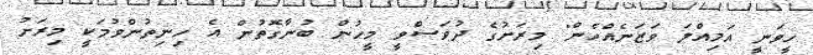
ހީވަނީ އަމިއްލަ ވަޒަނެއްހެން" މިރަށުގެ ދުވަސްވީ މީހުން ބުނާގޮތުން އެ ހިނިތުންވުމަކީ މިރަށު